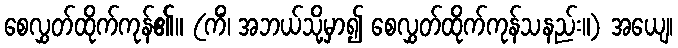
စေလွှတ်ထိုက်ကုန်၏။ (ကိံ၊ အဘယ်သို့မှာ၍ စေလွှတ်ထိုက်ကုန်သနည်း။) အယျေ၊